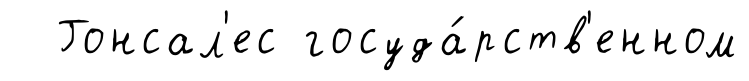
Гонсал'ес госуда́рств'енном